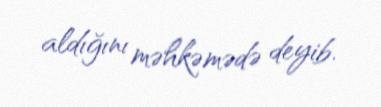
aldığını məhkəmədə deyib.